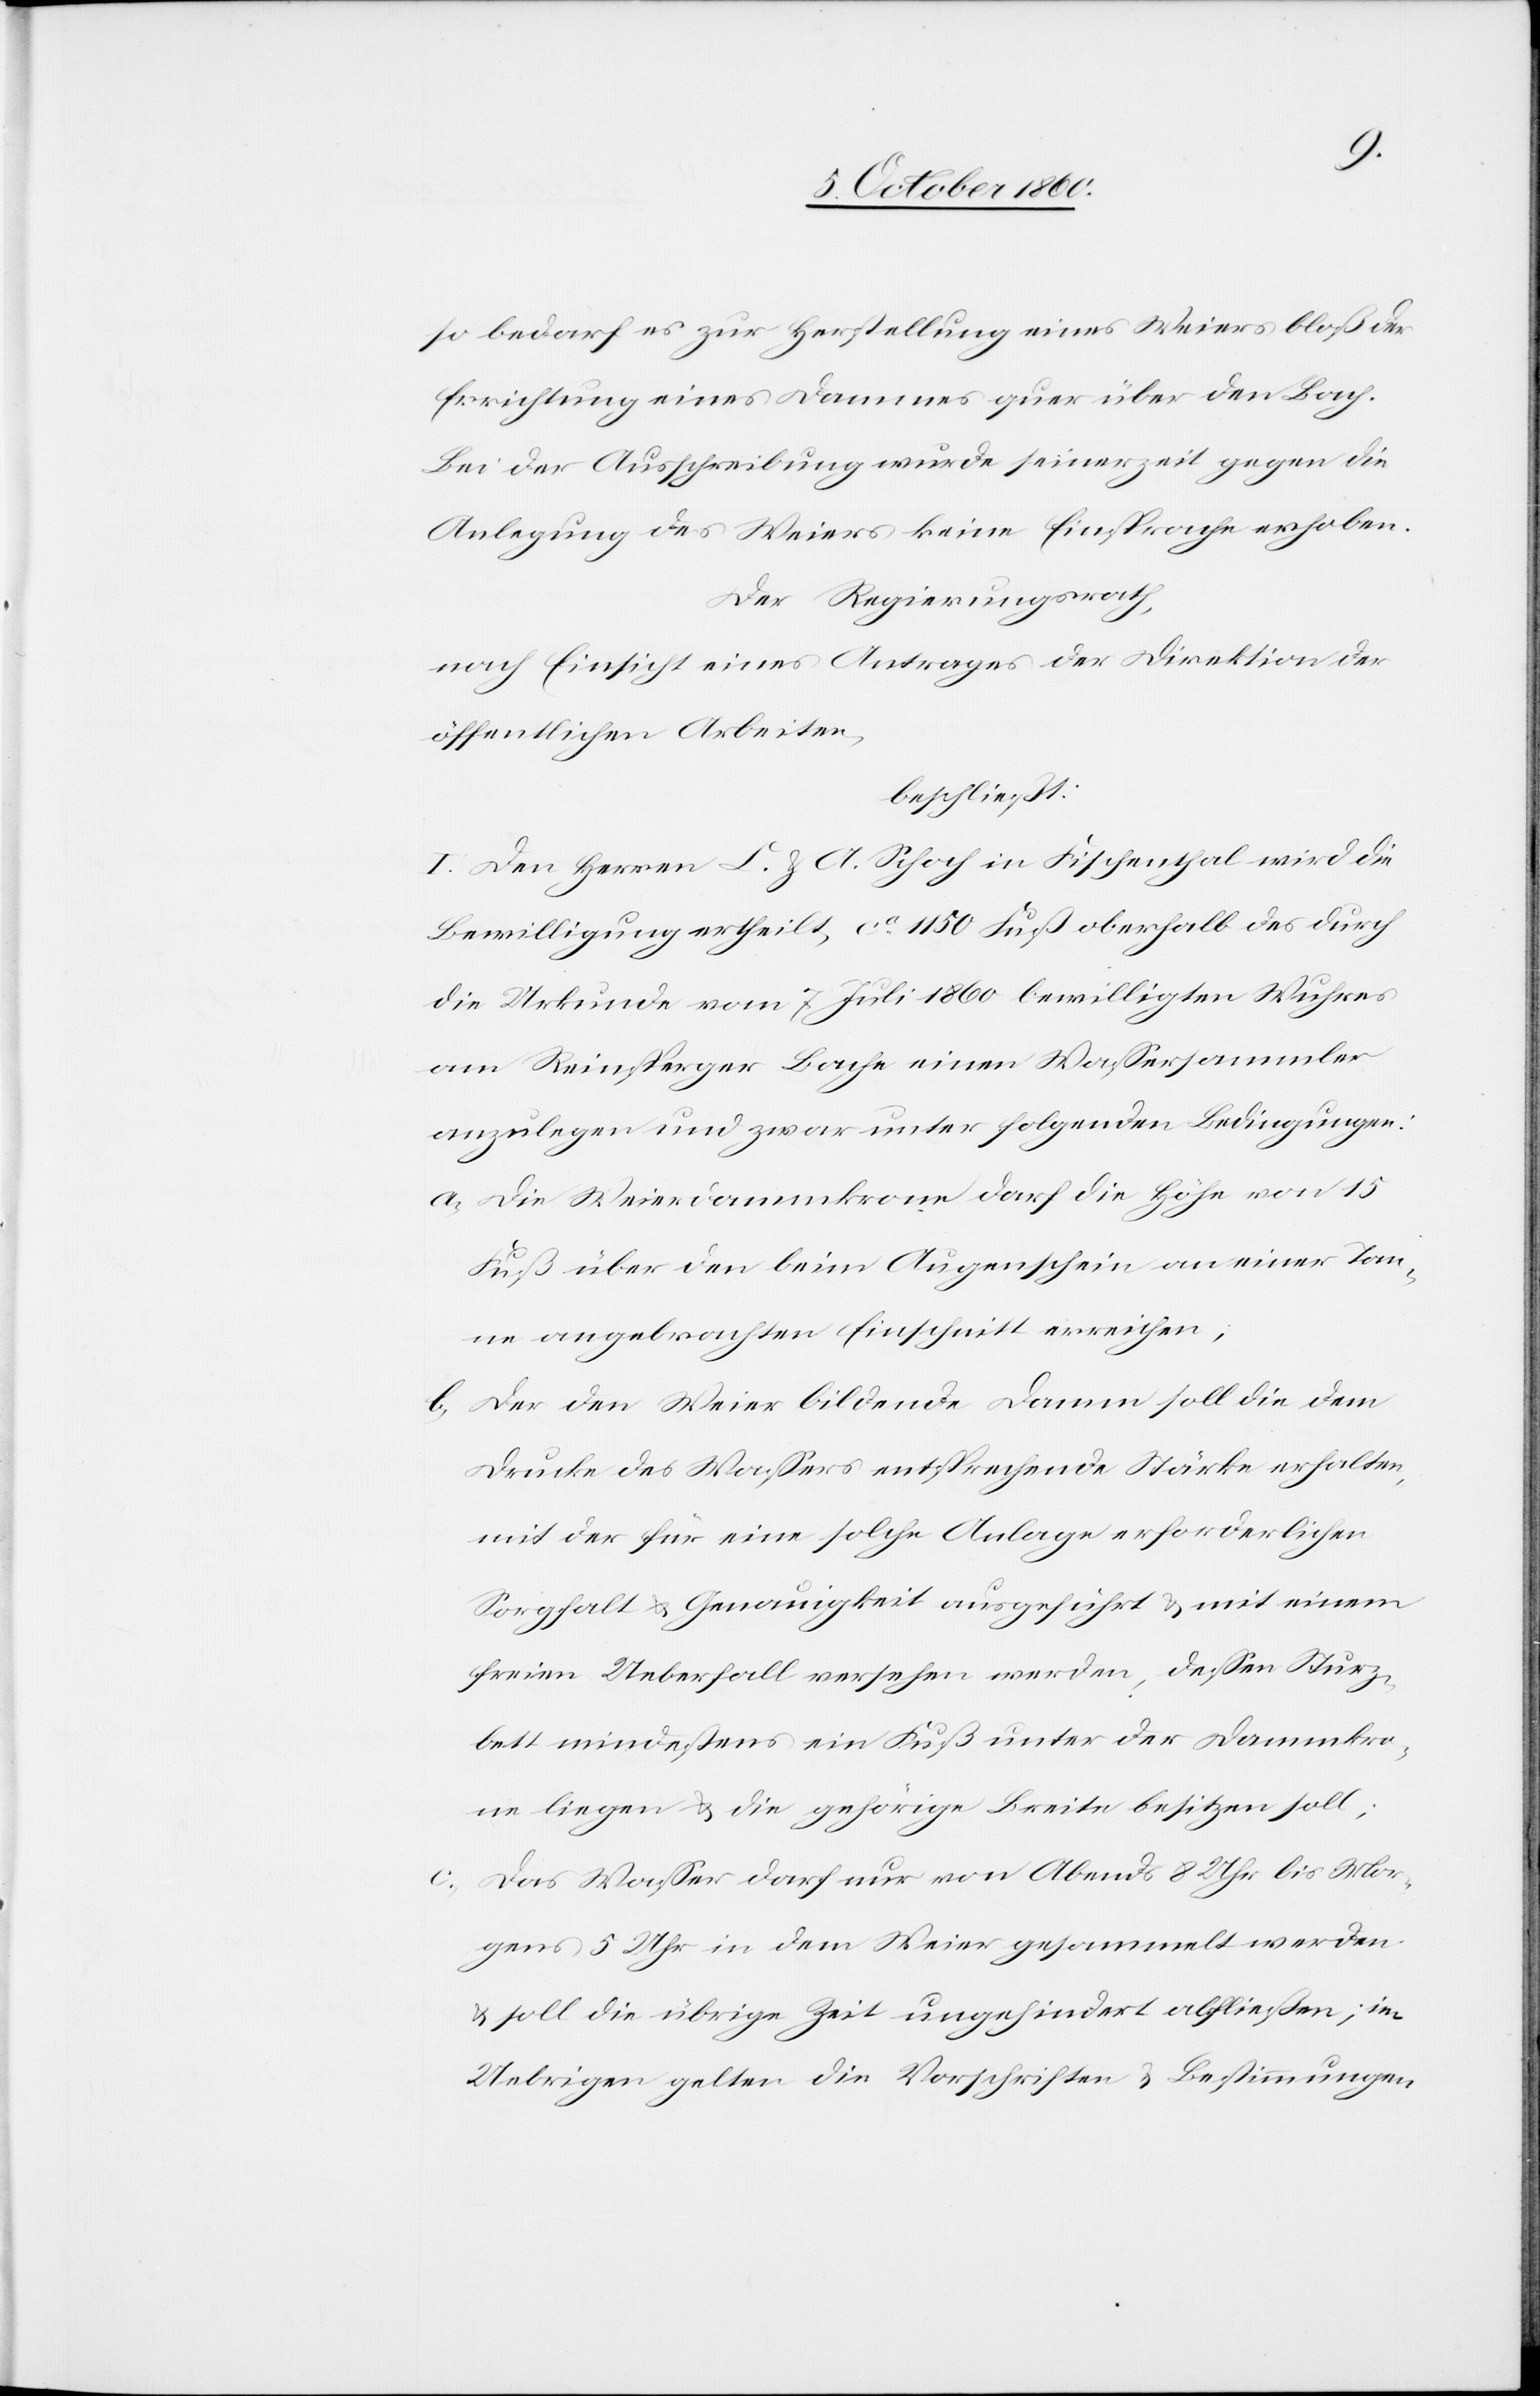
so bedarf es zur Herstellung eines Weiers bloß der
Errichtung eines Dammes quer über den Bach.
Bei der Ausschreibung wurde seinerzeit gegen die
Anlegung des Weiers keine Einsprache erhoben.
Der Regierungsrath,
nach Einsicht eines Antrages der Direktion der
öffentlichen Arbeiten,
beschließt:
I. Den Herren L. u. A. Schoch in Fischenthal wird die
Bewilligung ertheilt, ca 1150 Fuß oberhalb des durch
die Urkunde vom 7. Juli 1860 bewilligten Wuhres
am Reinsperger Bache einen Wassersammler
anzulegen und zwar unter folgenden Bedingungen:
a. Die Weierdammkrone darf die Höhe von 15
Fuß über den beim Augenschein an einer Tan¬
ne angebrachten Einschnitt erreichen.
b. Der den Weier bildende Damm soll die dem
Drucke des Wassers entsprechende Stärke erhalten,
mit der für eine solche Anlage erforderlichen
Sorgfalt u. Genauigkeit ausgeführt u. mit einem
freien Ueberfall versehen werden, dessen Sturz¬
bett mindestens ein Fuß unter der Dammkro¬
ne liegen u. die gehörige Breite besitzen soll.
c. Das Wasser darf nur von Abends 8 Uhr bis Mor¬
gens 5 Uhr in dem Weier gesammelt werden
u. soll die übrige Zeit ungehindert abfließen; im
Uebrigen gelten die Vorschriften u. Bestimmungen